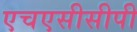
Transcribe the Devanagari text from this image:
एचएसीसीपी